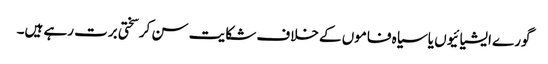
گورے ایشیائیوں یا سیاہ فاموں کے خلاف شکایت سن کر سختی برت رہے ہیں۔